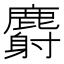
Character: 麝